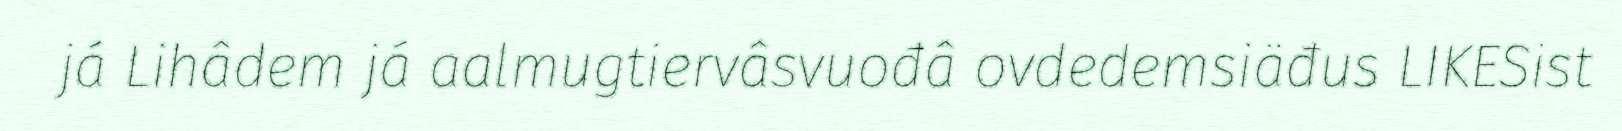
já Lihâdem já aalmugtiervâsvuođâ ovdedemsiäđus LIKESist